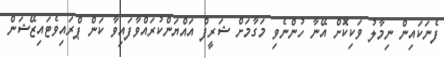
ފެނަކައިން ނިމާލު ވަކިކޮށް އޭނާ ހުންނެވި މަގާމަށް ޝަރީފް އައްޔަންކުރައްވާފައިވާ ކަން ޕްރައިވެޓައިޒޭޝަން